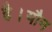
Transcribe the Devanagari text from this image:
है।यौन